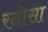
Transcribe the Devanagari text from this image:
रनौसा